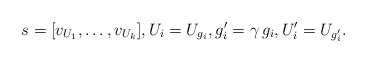
\begin{align*} s = [v_{U_1}, \ldots, v_{U_k}], U_i = U_{g_i}, g_i' = \gamma \, g_i, U_i' = U_{g_i'}. \end{align*}